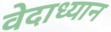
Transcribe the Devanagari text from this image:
वेदाध्यान